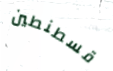
قسطنطين